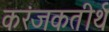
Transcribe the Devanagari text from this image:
करंजकतीर्थ